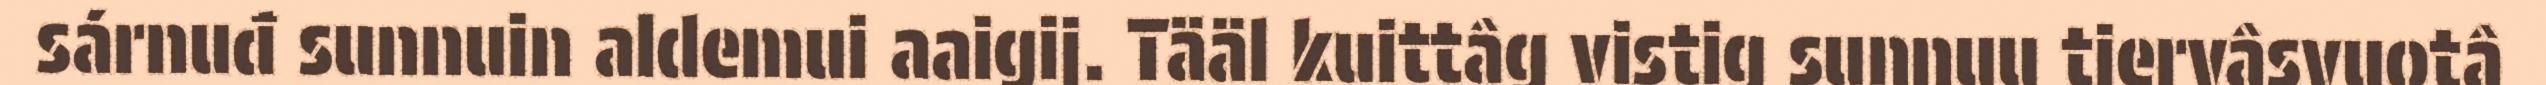
sárnuđ sunnuin aldemui aaigij. Tääl kuittâg vistig sunnuu tiervâsvuotâ